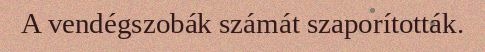
A vendégszobák számát szaporították.